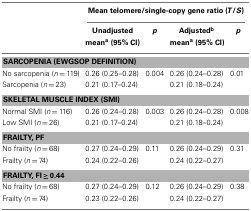
<table><thead><tr><td></td><td colspan="4"><b>Mean telomere/single-copy gene ratio (<i>T</i>/<i>S</i>)</b></td></tr><tr><td></td><td><b>Unadjusted</b></td><td><b><i>p</i></b></td><td><b>Adjusted<sup>b</sup></b></td><td><b><i>p</i></b></td></tr><tr><td></td><td><b>mean<sup>a</sup> (95% CI)</b></td><td></td><td><b>mean<sup>a</sup> (95% CI)</b></td><td></td></tr></thead><tbody><tr><td colspan="5"><b>SARCOPENIA (EWGSOP DEFINITION)</b></td></tr><tr><td>No sarcopenia (<i>n</i> = 119)</td><td>0.26 (0.25–0.28)</td><td>0.004</td><td>0.26 (0.24–0.28)</td><td>0.01</td></tr><tr><td>Sarcopenia (<i>n</i> = 23)</td><td>0.21 (0.17–0.24)</td><td></td><td>0.21 (0.18–0.24)</td><td></td></tr><tr><td colspan="5"><b>SKELETAL MUSCLE INDEX (SMI)</b></td></tr><tr><td>Normal SMI (<i>n</i> = 116)</td><td>0.26 (0.24–0.28)</td><td>0.003</td><td>0.26 (0.24–0.28)</td><td>0.008</td></tr><tr><td>Low SMI (<i>n</i> = 26)</td><td>0.21 (0.17–0.24)</td><td></td><td>0.21 (0.18–0.24)</td><td></td></tr><tr><td colspan="5"><b>FRAILTY, PF</b></td></tr><tr><td>No frailty (<i>n</i> = 68)</td><td>0.27 (0.24–0.29)</td><td>0.11</td><td>0.26 (0.24–0.29)</td><td>0.31</td></tr><tr><td>Frailty (<i>n</i> = 74)</td><td>0.24 (0.22–0.26)</td><td></td><td>0.24 (0.22–0.27)</td><td></td></tr><tr><td colspan="5"><b>FRAILTY, FI ≥ 0.44</b></td></tr><tr><td>No frailty (<i>n</i> = 68)</td><td>0.27 (0.24–0.29)</td><td>0.12</td><td>0.26 (0.24–0.29)</td><td>0.38</td></tr><tr><td>Frailty (<i>n</i> = 74)</td><td>0.23 (0.22–0.26)</td><td></td><td>0.24 (0.22–0.27)</td><td></td></tr></tbody></table>